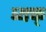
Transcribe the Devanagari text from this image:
व्यक्त्